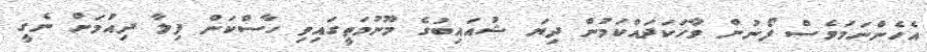
އެހެންނަމަވެސް ފޯނުން ވާހަކަދައްކަމުން ދިޔަ ޝުއައިބުގެ މޫނުމަތީގައިވި ހާސްކަން ފިލާ ދިއުމަށް ނެގީ